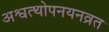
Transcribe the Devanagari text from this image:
अश्वत्थोपनयनव्रत